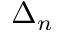
\Delta _ { n }